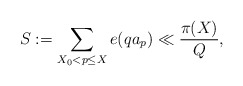
\begin{align*} S:= \sum_{X_0 < p \leq X} e(q a_p) \ll \frac{\pi(X)}{Q},\end{align*}